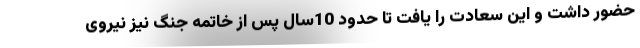
حضور داشت و این سعادت را یافت تا حدود 10سال پس از خاتمه جنگ نیز نیروی